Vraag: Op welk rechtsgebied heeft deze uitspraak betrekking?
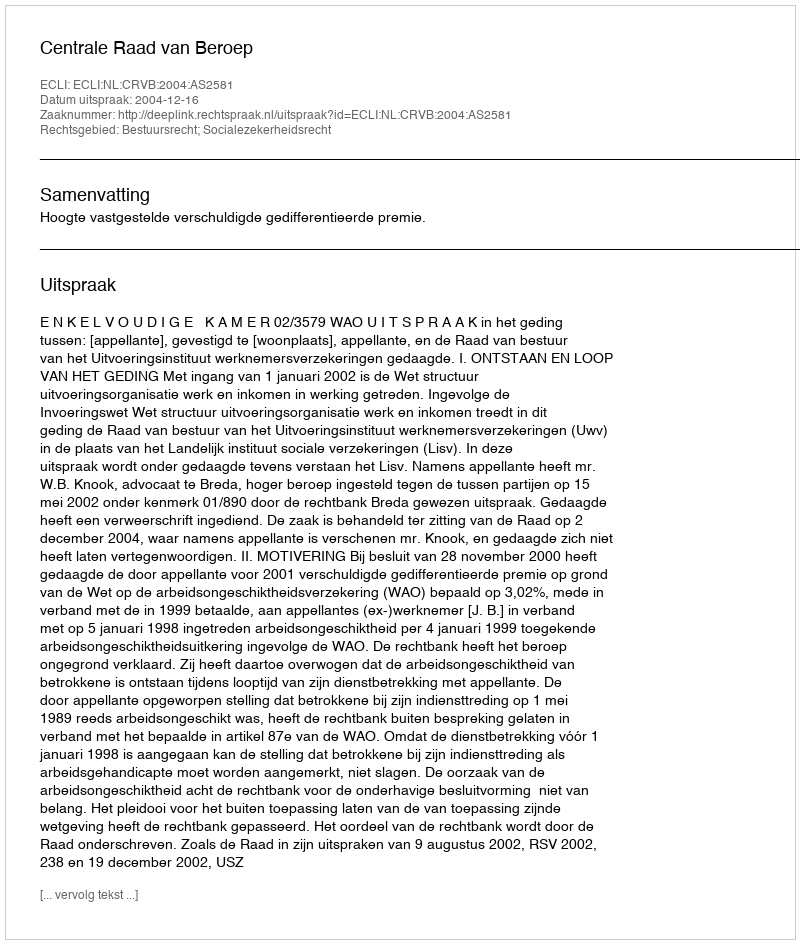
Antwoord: Bestuursrecht; Socialezekerheidsrecht